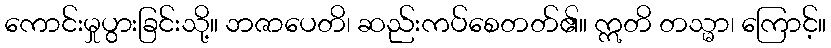
ကောင်းမှုပွားခြင်းသို့။ ဘဇာပေတိ၊ ဆည်းကပ်စေတတ်၏။ ဣတိ တသ္မာ၊ ကြောင့်။